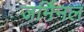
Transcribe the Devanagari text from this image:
जर्मिनल